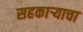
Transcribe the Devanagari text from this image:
सहकार्‍याचा